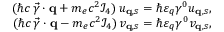
\begin{array} { r } { ( \hbar c \, \vec { \gamma } \cdot { \bf q } + m _ { e } c ^ { 2 } \mathcal { I } _ { 4 } ) \, u _ { { \bf q } , s } = \hbar \varepsilon _ { q } \gamma ^ { 0 } u _ { { \bf q } , s } , } \\ { ( \hbar c \, \vec { \gamma } \cdot { \bf q } - m _ { e } c ^ { 2 } \mathcal { I } _ { 4 } ) \, v _ { { \bf q } , s } = \hbar \varepsilon _ { q } \gamma ^ { 0 } v _ { { \bf q } , s } , } \end{array}